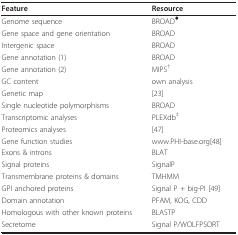
<table><thead><tr><td><b>Feature</b></td><td><b>Resource</b></td></tr></thead><tbody><tr><td>Genome sequence</td><td>BROAD<sup>♦</sup></td></tr><tr><td>Gene space and gene orientation</td><td>BROAD</td></tr><tr><td>Intergenic space</td><td>BROAD</td></tr><tr><td>Gene annotation (1)</td><td>BROAD</td></tr><tr><td>Gene annotation (2)</td><td>MIPS<sup>†</sup></td></tr><tr><td>GC content</td><td>own analysis</td></tr><tr><td>Genetic map</td><td>[23]</td></tr><tr><td>Single nucleotide polymorphisms</td><td>BROAD</td></tr><tr><td>Transcriptomic analyses</td><td>PLEXdb<sup>‡</sup></td></tr><tr><td>Proteomics analyses</td><td>[47]</td></tr><tr><td>Gene function studies</td><td>www.PHI-base.org[48]</td></tr><tr><td>Exons &amp; introns</td><td>BLAT</td></tr><tr><td>Signal proteins</td><td>SignalP</td></tr><tr><td>Transmembrane proteins &amp; domains</td><td>TMHMM</td></tr><tr><td>GPI anchored proteins</td><td>Signal P + big-PI [49]</td></tr><tr><td>Domain annotation</td><td>PFAM, KOG, CDD</td></tr><tr><td>Homologous with other known proteins</td><td>BLASTP</td></tr><tr><td>Secretome</td><td>Signal P/WOLFPSORT</td></tr></tbody></table>